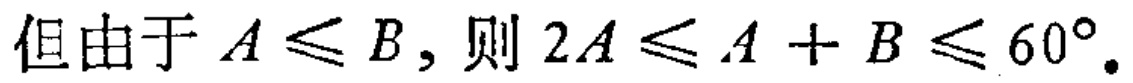
但由于\(A\leqslant B\)，则\(2A\leqslant A + B\leqslant 60^{\circ}\)。